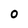
Character: 0